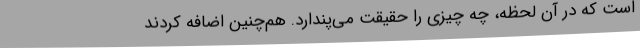
است که در‌ آن لحظه، چه چیزی را حقیقت می‌پندارد. هم‌چنین اضافه کردند